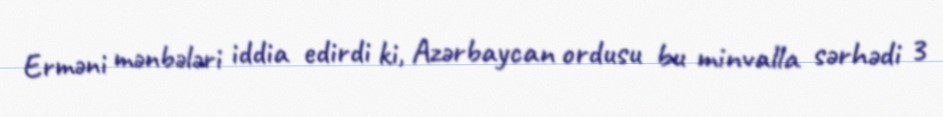
Erməni mənbələri iddia edirdi ki, Azərbaycan ordusu bu minvalla sərhədi 3